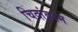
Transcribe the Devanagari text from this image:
चिदांबरम